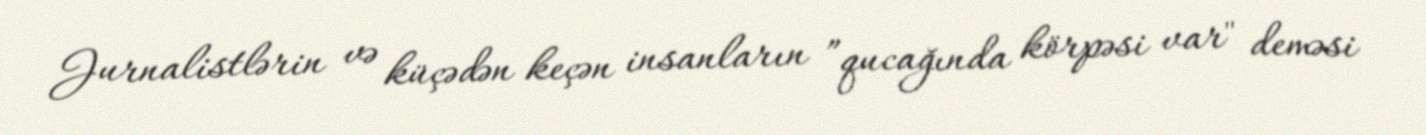
Jurnalistlərin və küçədən keçən insanların ”qucağında körpəsi var" deməsi